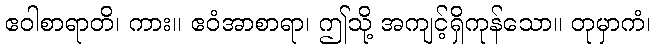
ဧဝါစာရာတိ၊ ကား။ ဧဝံအာစာရာ၊ ဤသို့ အကျင့်ရှိကုန်သော။ တုမှာကံ၊